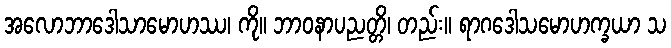
အလောဘာဒေါသာမောဟဿ၊ ကို။ ဘာဝနာပညတ္တိ၊ တည်း။ ရာဂဒေါသမောဟက္ခယာ သ